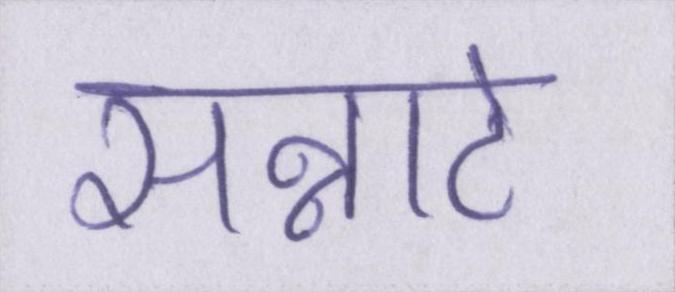
सन्नाटे